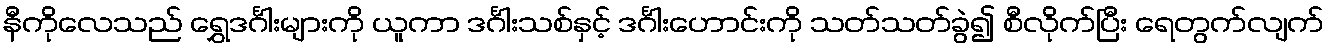
နီကိုလေသည် ရွှေဒင်္ဂါးများကို ယူကာ ဒင်္ဂါးသစ်နှင့် ဒင်္ဂါးဟောင်းကို သတ်သတ်ခွဲ၍ စီလိုက်ပြီး ရေတွက်လျက်